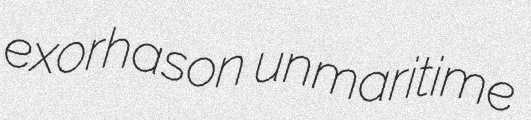
exorhason unmaritime